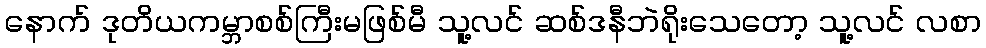
နောက် ဒုတိယကမ္ဘာစစ်ကြီးမဖြစ်မီ သူ့လင် ဆစ်ဒနီဘဲရိုးသေတော့ သူ့လင် လစာ